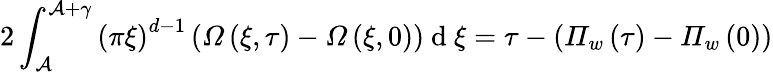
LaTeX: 2\int_{\mathcal{A}}^{\mathcal{A}+\gamma}\left(\pi\xi\right)^{d-1}\left(\mathit{\Omega}\left(\xi,\tau\right)-\mathit{\Omega}\left(\xi,0\right)\right)\mathrm{~d~}\xi=\tau-\left(\mathit{\Pi}_{w}\left(\tau\right)-\mathit{\Pi}_{w}\left(0\right)\right)